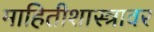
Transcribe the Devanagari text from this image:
माहितीशास्त्रावर